Report on malaria in the Punjab during the year ...  together with an account of the work of the Punjab Malaria Bureau - Volume 3
Disease focus: Malaria
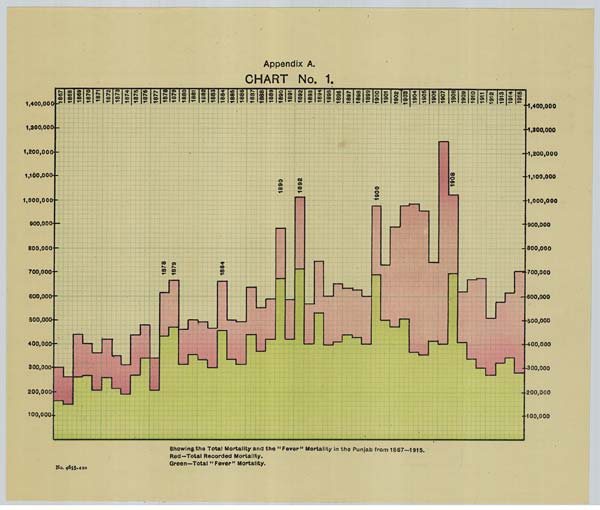
Appendix A.
CHART No. 1.
Showing the Total Mortality and the "Fever" Mortality in the Punjab from 1867—1915.
Red-Total Recorded Mortality.
Green—Total "Fever" Mortality.
No. 4655-420